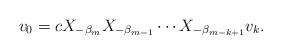
LaTeX: \begin{align*} v_0 = c X_{- \beta _m } X_{- \beta _{m-1}} \cdots X_{- \beta _{m-k+1}} v_k.\end{align*}